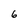
Character: 6